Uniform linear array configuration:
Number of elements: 8
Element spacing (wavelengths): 0.5
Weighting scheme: cosine
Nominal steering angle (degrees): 0
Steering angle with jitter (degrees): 1.217
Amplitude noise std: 0.05
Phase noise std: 0.05

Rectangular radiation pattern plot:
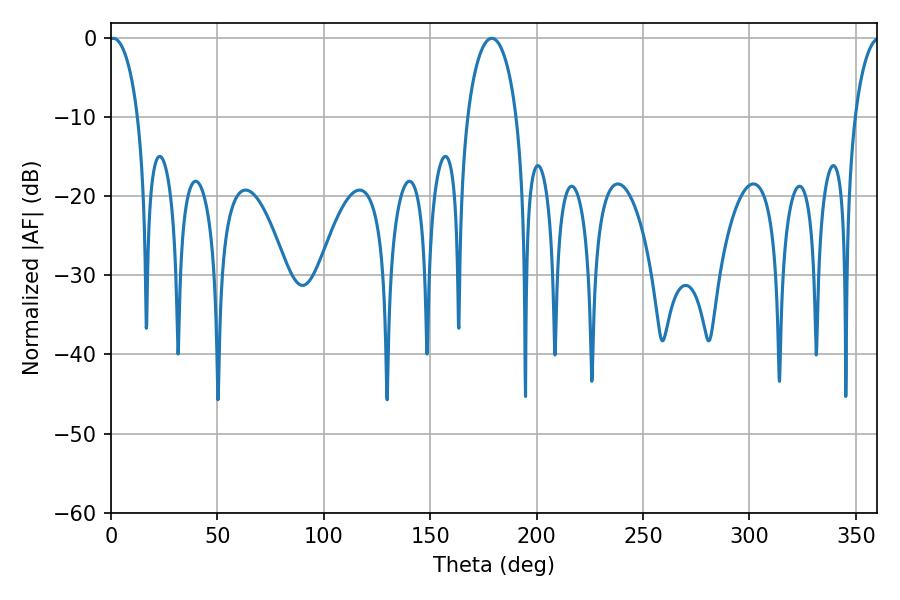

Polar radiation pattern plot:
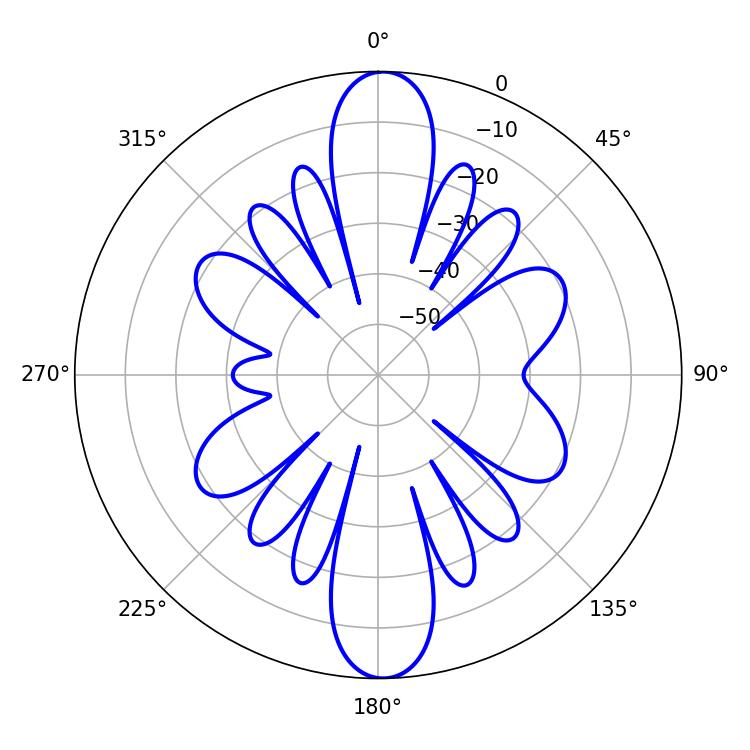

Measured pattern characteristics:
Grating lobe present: FALSE
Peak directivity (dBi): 22.617
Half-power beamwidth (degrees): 7.74
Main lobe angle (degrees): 1.08